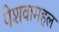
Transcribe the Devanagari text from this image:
पेशवामहल